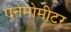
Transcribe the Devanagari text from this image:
एनेमोमीटर